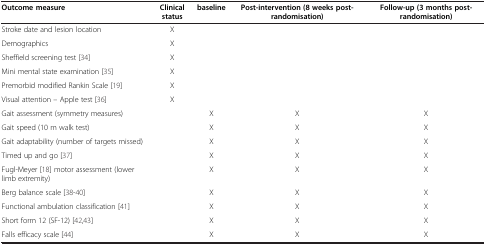
<table><thead><tr><td><b>Outcome measure</b></td><td><b>Clinical status</b></td><td><b>baseline</b></td><td><b>Post-intervention (8 weeks post-randomisation)</b></td><td><b>Follow-up (3 months post-randomisation)</b></td></tr></thead><tbody><tr><td>Stroke date and lesion location</td><td>X</td><td> </td><td> </td><td> </td></tr><tr><td>Demographics</td><td>X</td><td> </td><td> </td><td> </td></tr><tr><td>Sheffield screening test [34]</td><td>X</td><td> </td><td> </td><td> </td></tr><tr><td>Mini mental state examination [35]</td><td>X</td><td> </td><td> </td><td> </td></tr><tr><td>Premorbid modified Rankin Scale [19]</td><td>X</td><td> </td><td> </td><td> </td></tr><tr><td>Visual attention – Apple test [36]</td><td>X</td><td> </td><td> </td><td> </td></tr><tr><td>Gait assessment (symmetry measures)</td><td> </td><td>X</td><td>X</td><td>X</td></tr><tr><td>Gait speed (10 m walk test)</td><td> </td><td>X</td><td>X</td><td>X</td></tr><tr><td>Gait adaptability (number of targets missed)</td><td> </td><td>X</td><td>X</td><td>X</td></tr><tr><td>Timed up and go [37]</td><td> </td><td>X</td><td>X</td><td>X</td></tr><tr><td>Fugl-Meyer [18] motor assessment (lower limb extremity)</td><td> </td><td>X</td><td>X</td><td>X</td></tr><tr><td>Berg balance scale [38-40]</td><td> </td><td>X</td><td>X</td><td>X</td></tr><tr><td>Functional ambulation classification [41]</td><td> </td><td>X</td><td>X</td><td>X</td></tr><tr><td>Short form 12 (SF-12) [42,43]</td><td> </td><td>X</td><td>X</td><td>X</td></tr><tr><td>Falls efficacy scale [44]</td><td> </td><td>X</td><td>X</td><td>X</td></tr></tbody></table>